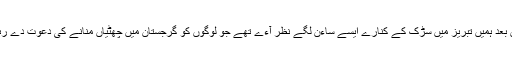
بہت دنوں بعد ہمیں تبریز میں سڑک کے کنارے ایسے ساءن لگے نظر آءے تھے جو لوگوں کو گرجستان میں چھٹیاں منانے کی دعوت دے رہے تھے۔